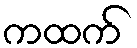
ကထက်